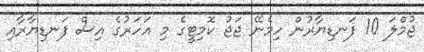
ޖުމްލަ 10 ފަނޑިޔާރުން ހިމެނޭ ޖަޖު ކޮމިޓީގެ މި އަހަރުގެ އިސް ފަނޑިޔާރާއި